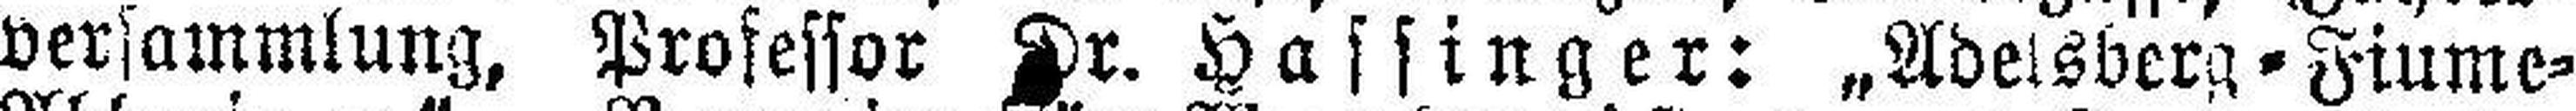
versammlung, Professor Dr. Hassinger: „Adelsberg - Fiume¬